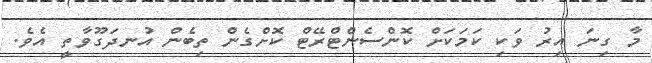
މާ ގިނަ އިރު ވަކި ކަމަކަށް ކޮންސެންޓްރޭޓް ކޮށްގެން ތިބެން އުނދަގޫވާތީ އެވެ.